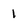
Character: l